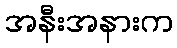
အနီးအနားက